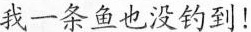
我一条鱼也没钓到！